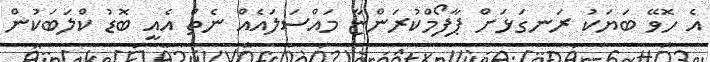
އެ ހޮވޭ ބަޔަކު ރަނގަޅަށް ޕާފޯމްކުރަންޏާ މައްސަލައެއް ނެތް އެއީ ބޮޑު ކްލަބަކުން